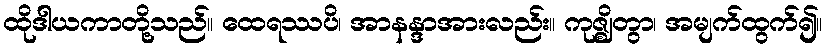
ထိုဒါယကာတို့သည်။ ထေရဿပိ၊ အာနန္ဒာအားလည်း။ ကုဇ္ဈိတွာ၊ အမျက်ထွက်၍။